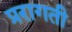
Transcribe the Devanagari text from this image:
प्ररागती